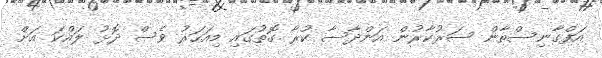
އަފްގާނިސްތާން ސަރުކާރުން އަންދާސާ ކުރާ ގޮތުގައި މިއަހަރު ވެސް ދޮޅު ލައްކަ އަށް